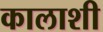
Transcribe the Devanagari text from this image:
कालाशी